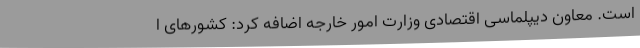
است. معاون دیپلماسی اقتصادی وزارت امور خارجه اضافه کرد: کشورهای ا